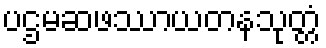
ပဌမဆဖဿာယတနသုတ္တံ